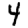
Digit: 4